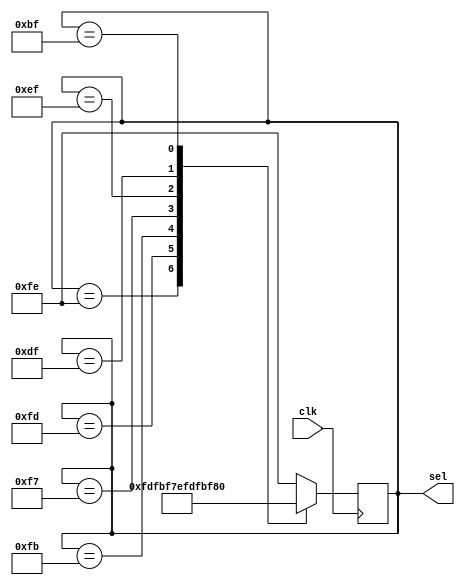
module Selector(clk,sel);
	input clk;
	output [7:0]sel;
	reg [7:0]sel;
	always @ (posedge clk)
	begin
		case(sel)
		8'b11111110:sel = 8'b11111101;
		8'b11111101:sel = 8'b11111011;
		8'b11111011:sel = 8'b11110111;
		8'b11110111:sel = 8'b11101111;
		8'b11101111:sel = 8'b11011111;
		8'b11011111:sel = 8'b10111111;
		8'b10111111:sel = 8'b01111111;
		8'b01111111:sel = 8'b11111110;
		default:sel = 8'b11111110;
		endcase
	end
endmodule